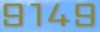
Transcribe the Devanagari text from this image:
९१४९